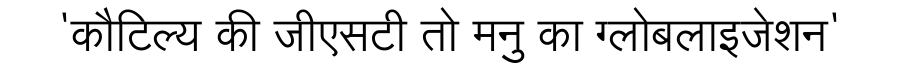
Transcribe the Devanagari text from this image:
'कौटिल्य की जीएसटी तो मनु का ग्लोबलाइजेशन'